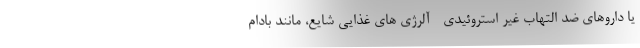
یا داروهای ضد التهاب غیر استروئیدی - آلرژی های غذایی شایع، مانند بادام